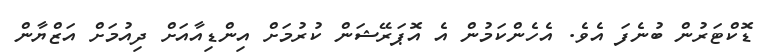
ޑޮކްޓަރުން ބުނެފަ އެވެ. އެހެންކަމުން އެ އޮޕަރޭޝަން ކުރުމަށް އިންޑިއާއަށް ދިއުމަށް އަޒްޔާން